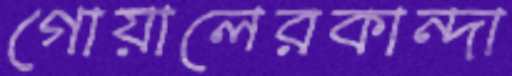
গোয়ালেরকান্দা